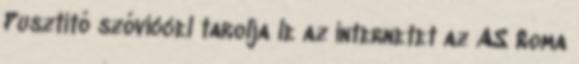
Pusztító szóviccel tarolja le az internetet az AS Roma